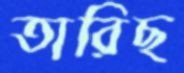
তারিছ